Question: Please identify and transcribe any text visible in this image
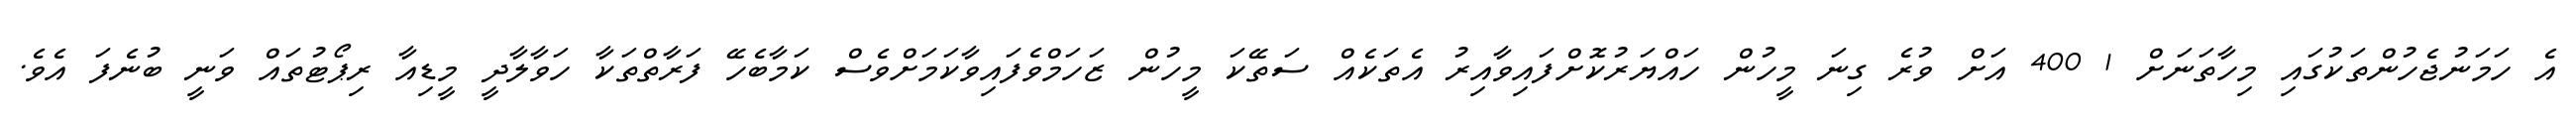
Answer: އެ ހަމަނުޖެހުންތަކުގައި މިހާތަނަށް 1 400 އަށް ވުރެ ގިނަ މީހުން ހައްޔަރުކޮށްފައިވާއިރު އެތަކެއް ސަތޭކަ މީހުން ޒަހަމްވެފައިވާކަމަށްވެސް ކަމާބެހޭ ފަރާތްތަކާ ހަވާލާދީ މީޑިއާ ރިޕޯޓުތައް ވަނީ ބުނެފަ އެވެ.